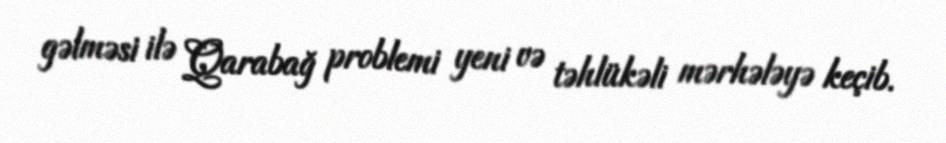
gəlməsi ilə Qarabağ problemi yeni və təhlükəli mərhələyə keçib.